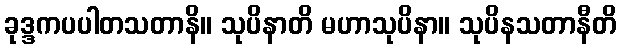
ခုဒ္ဒကပပါတသတာနိ။ သုပိနာတိ မဟာသုပိနာ။ သုပိနသတာနီတိ